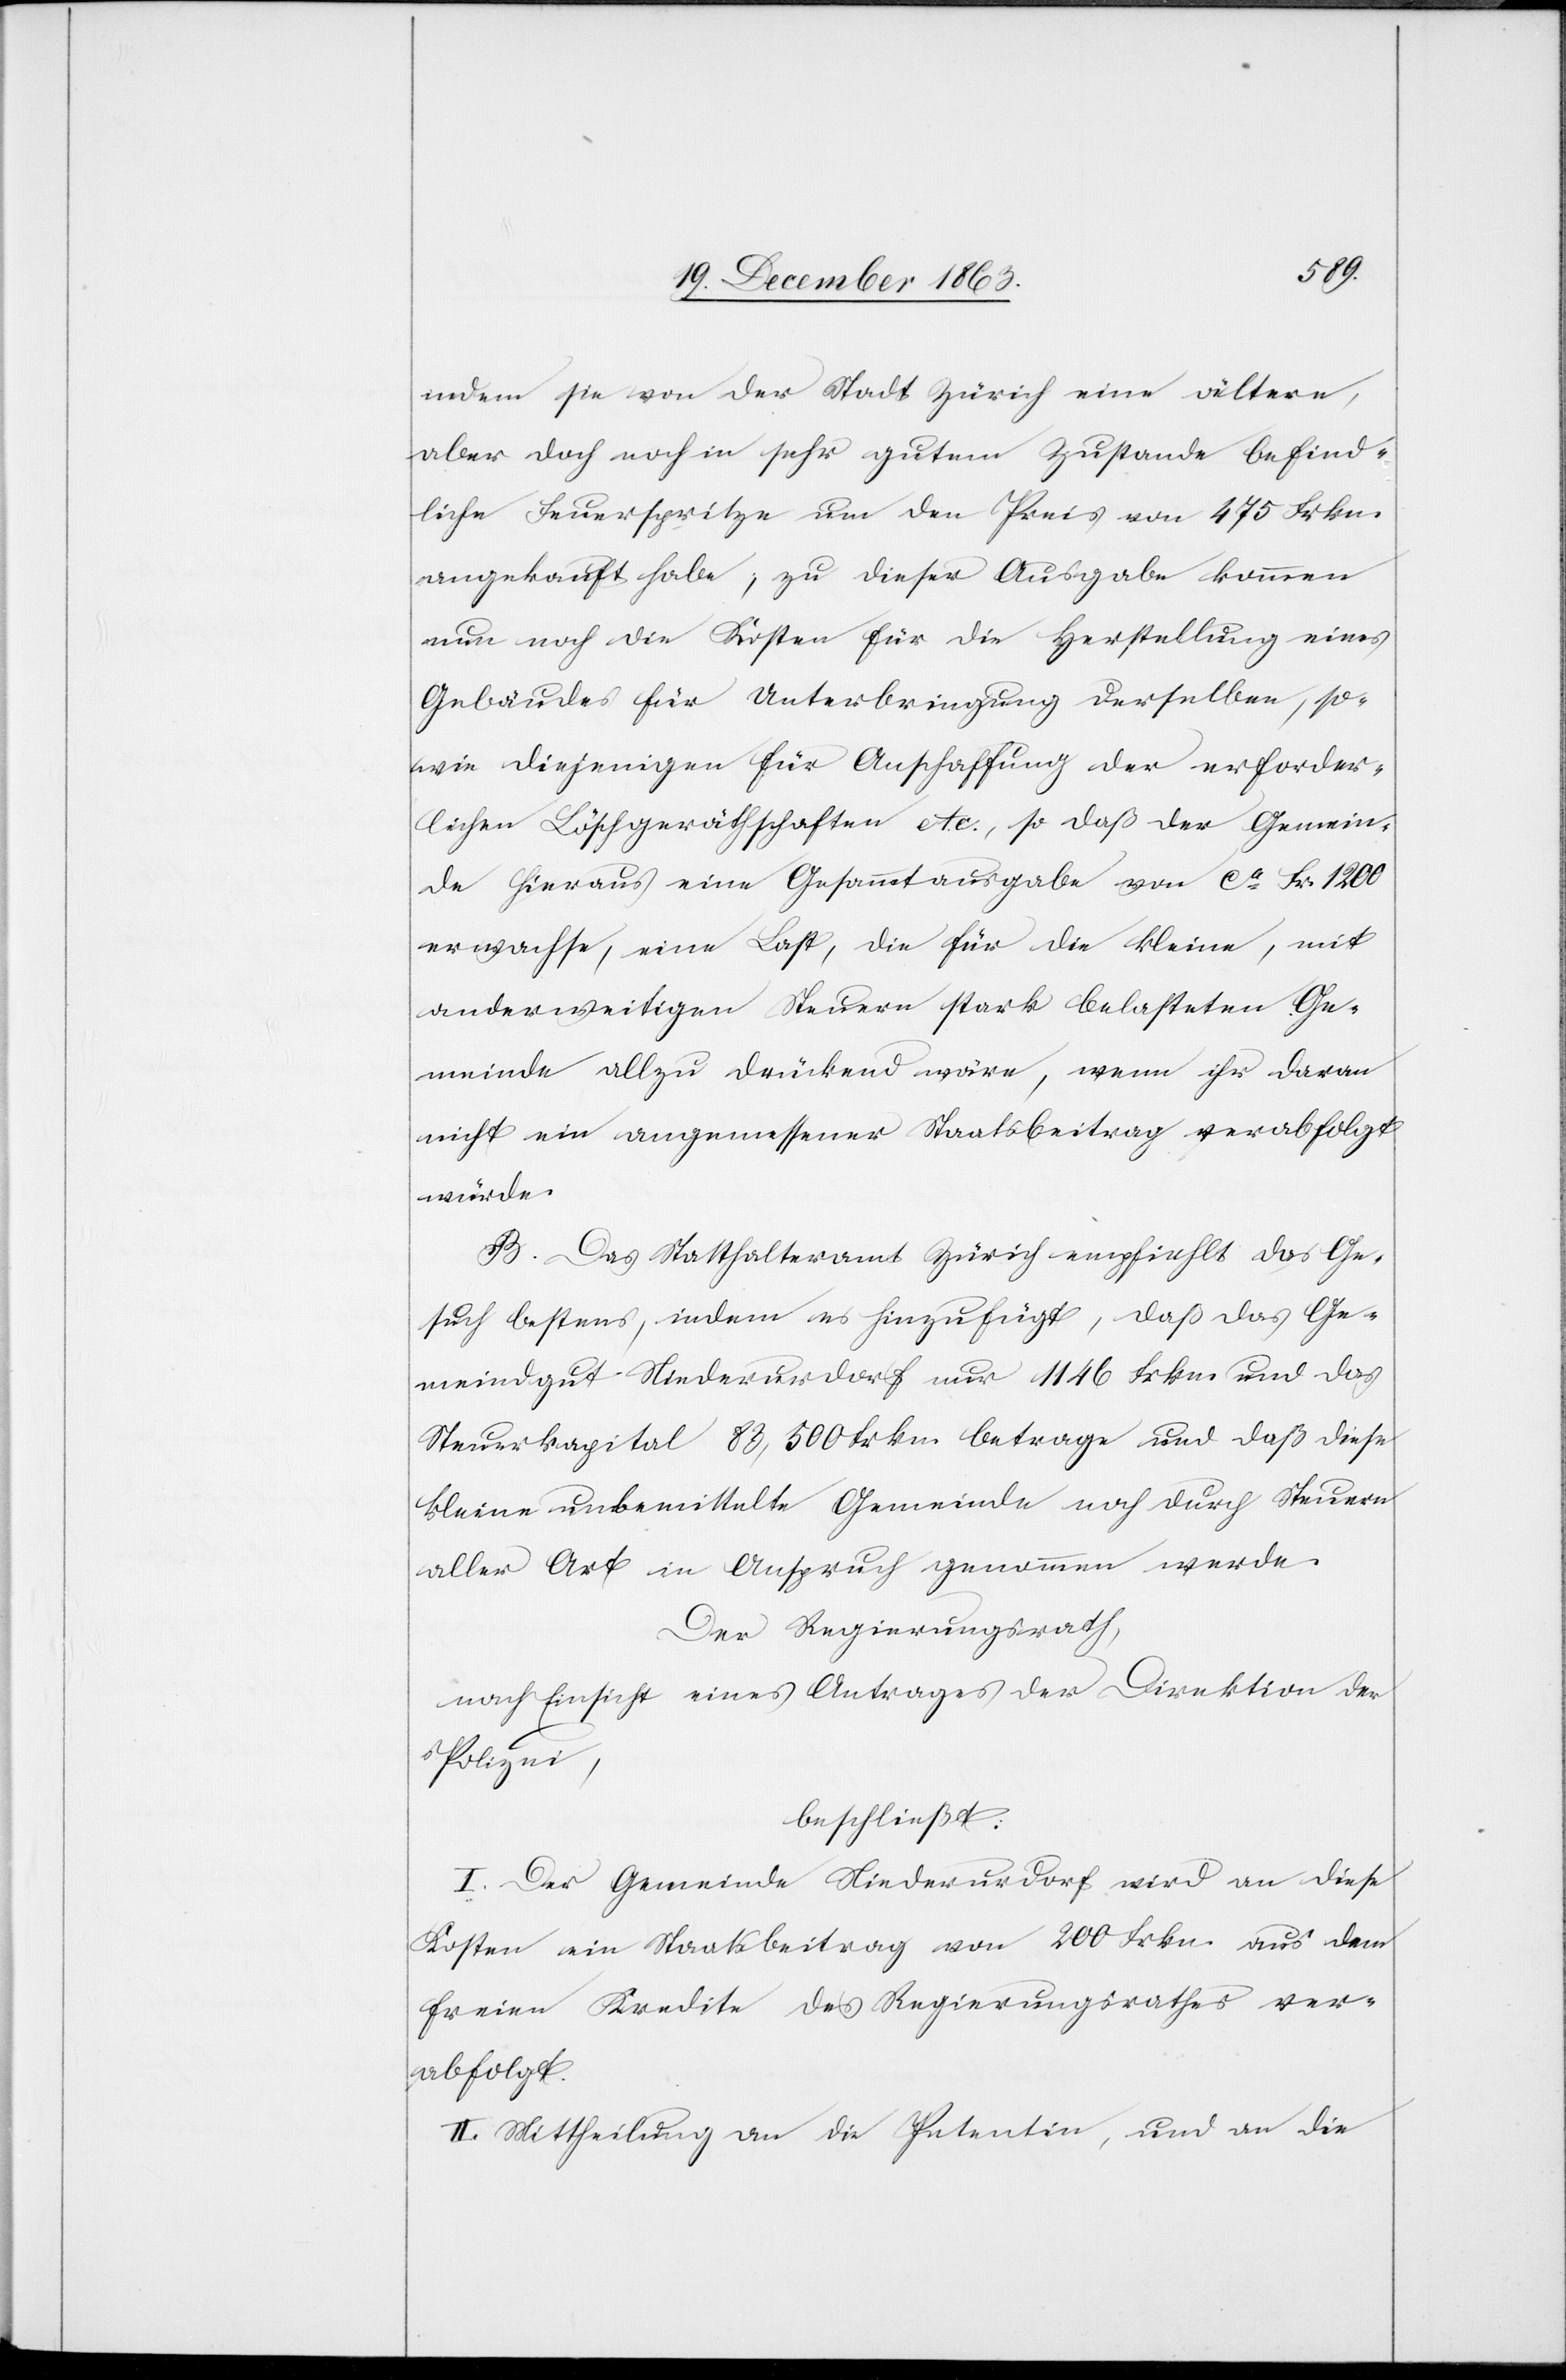
indem sie von der Stadt Zürich eine ältere,
aber doch noch in sehr gutem Zustande befind¬
liche Feuerspritze um den Preis von 475 Frkn.
angekauft habe; zu dieser Ausgabe kommen
nun noch die Kosten für die Herstellung eines
Gebäudes für Unterbringung derselben, so¬
wie diejenigen für Anschaffung der erforder¬
lichen Löschgeräthschaften etc., so daß der Gemein¬
de hieraus eine Gesammtausgabe von ca Fr. 1200
erwachse, eine Last, die für die kleine, mit
anderweitigen Steuern stark belasteten Ge¬
meinde allzu drückend wäre, wenn ihr daran
nicht ein angemessener Staatsbeitrag verabfolgt
würde.
B. Das Statthalteramt Zürich empfiehlt das Ge¬
such bestens, indem es hinzufügt, daß das Ge¬
meindgut Niederurdorf nur 1146 Frkn. und das
Steuerkapital 83,500 Frkn. betrage und daß diese
kleine unbemittelte Gemeinde noch durch Steuern
aller Art in Anspruch genommen werde.
Der Regierungsrath,
nach Einsicht eines Antrages der Direktion der
Polizei,
beschließt:
I. Der Gemeinde Niederurdorf wird an diese
Kosten ein Staatsbeitrag von 200 Frkn. aus dem
freien Kredite des Regierungsrathes ver¬
abfolgt.
II. Mittheilung an die Petentin, und an die